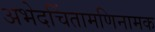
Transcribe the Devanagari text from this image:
अभेदचिंतामणिनामक